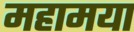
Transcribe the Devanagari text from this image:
महामया